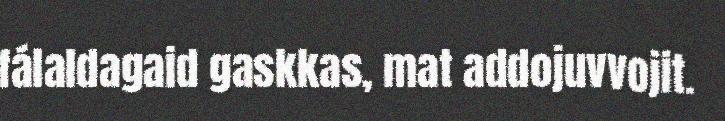
fálaldagaid gaskkas, mat addojuvvojit.